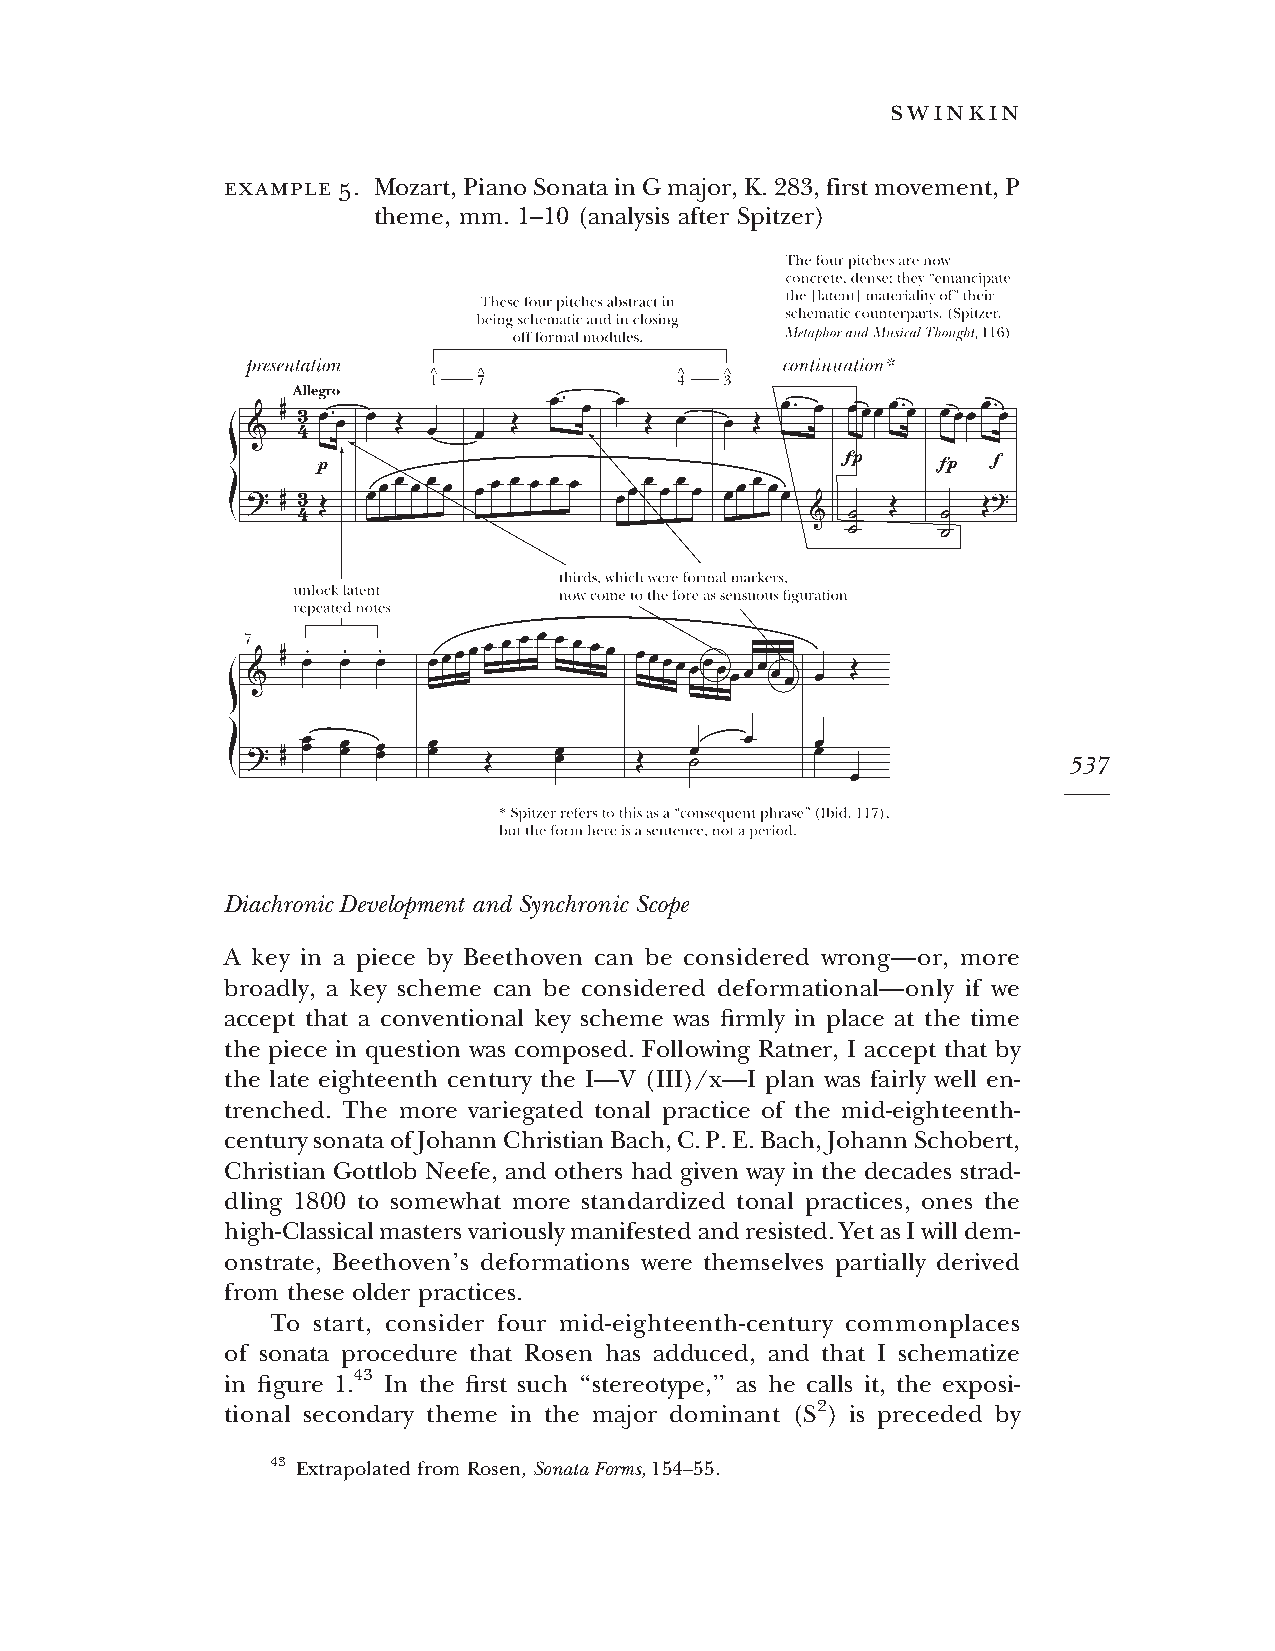
swinkin
 example 5. Mozart,PianoSonatainGmajor,K.283,firstmovement,P
 theme, mm. 1–10 (analysis after Spitzer)
 537
 Diachronic Development and Synchronic Scope
 A key in a piece by Beethoven can be considered wrong—or, more
 broadly, a key scheme can be considered deformational—only if we
 accept that a conventional key scheme was firmly in place at the time
 the piece in question was composed. Following Ratner, I accept that by
 the late eighteenth century the I—V (III)/x—I plan was fairly well en-
 trenched. The more variegated tonal practice of the mid-eighteenth-
 centurysonataofJohannChristianBach,C.P.E.Bach,JohannSchobert,
 Christian Gottlob Neefe, and others had given way in the decades strad-
 dling 1800 to somewhat more standardized tonal practices, ones the
 high-Classicalmastersvariouslymanifestedandresisted.YetasIwilldem-
 onstrate, Beethoven’s deformations were themselves partially derived
 from these older practices.
 To start, consider four mid-eighteenth-century commonplaces
 of sonata procedure that Rosen has adduced, and that I schematize
 in figure 1.43 In the first such ‘‘stereotype,’’ as he calls it, the exposi-
 tional secondary theme in the major dominant (S2) is preceded by
 43 Extrapolated fromRosen,SonataForms,154–55.